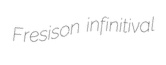
Fresison infinitival